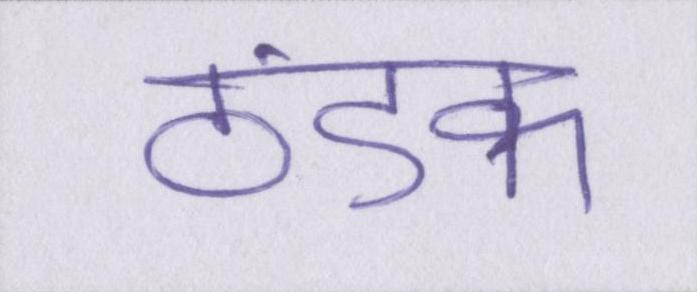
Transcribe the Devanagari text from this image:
ठंडक